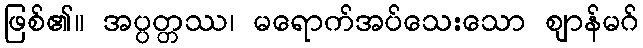
ဖြစ်၏။ အပ္ပတ္တဿ၊ မရောက်အပ်သေးသော ဈာန်မဂ်